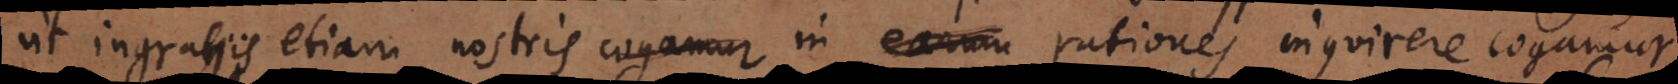
ut ingratis etiam nostris cogamur in earum rationes inquirere cogamur.